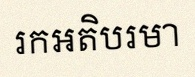
រកអតិបរមា